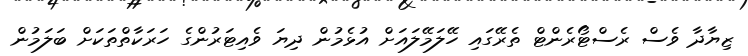
ޒިޔާދާ ވެސް ރެސްޓޯރެންޓް ތެރޭގައި ހޭލަމޭލައަށް އުޅެމުން ދިޔަ ވެއިޓަރުންގެ ހަރަކާތްތަކަށް ބަލަމުން